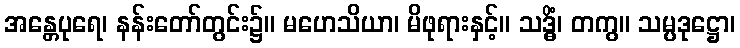
အန္တေပုရေ၊ နန်းတော်တွင်း၌။ မဟေသိယာ၊ မိဖုရားနှင့်။ သဒ္ဓိံ၊ တကွ။ သမ္ပဒုဋ္ဌော၊